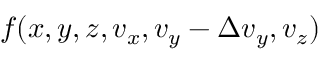
f ( x , y , z , v _ { x } , v _ { y } - \Delta v _ { y } , v _ { z } )